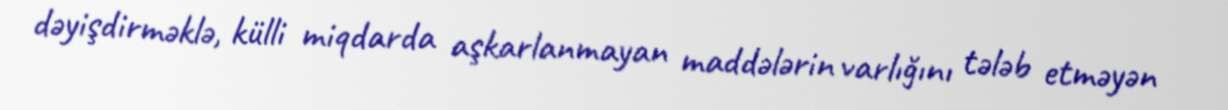
dəyişdirməklə, külli miqdarda aşkarlanmayan maddələrin varlığını tələb etməyən